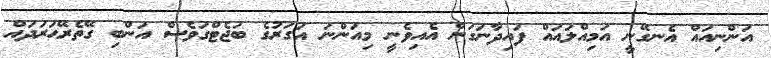
އަންނިއައްް އެނގޭނީީ އަމިއްލައައްް ފައިދާނަގަންް އެއިވެނީީ މިއަންނަަ އަގަރުގެެ ބަޖެޓްގަވެސްް އަންބިި ގޭތެރޭޙަރަދައްް